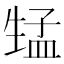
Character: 𱰚